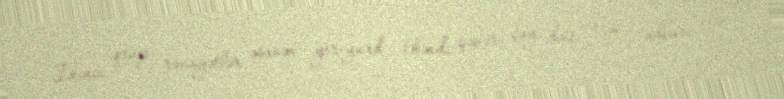
İkinci qrup rəvayətlər əsasən yer-yurd (kənd, şəhər, çay, dağ və s.) adları ilə